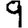
Digit: 9